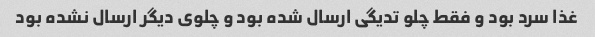
غذا سرد بود و فقط چلو تدیگی ارسال شده بود و چلوی دیگر ارسال نشده بود